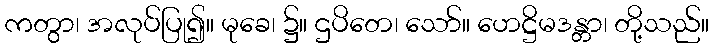
ကတွာ၊ အလုပ်ပြု၍။ မုခေ၊ ၌။ ဌပိတေ၊ သော်။ ဟေဋ္ဌိမဒန္တာ၊ တို့သည်။